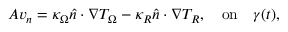
A v _ { n } = \kappa _ { \Omega } \boldsymbol { \hat { n } \cdot \nabla } T _ { \Omega } - \kappa _ { R } \boldsymbol { \hat { n } \cdot \nabla } T _ { R } , \quad \mathrm { o n } \quad \gamma ( t ) ,